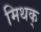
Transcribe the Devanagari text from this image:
मिथक्